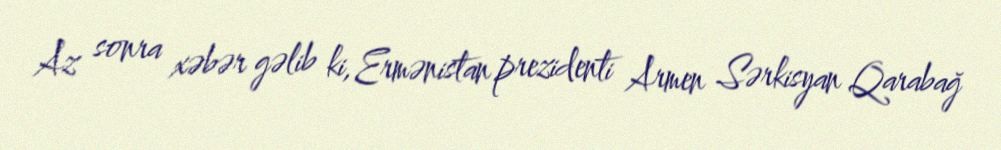
Az sonra xəbər gəlib ki, Ermənistan prezidenti Armen Sərkisyan Qarabağ